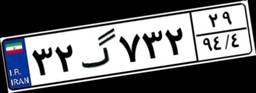
۳۲گ۷۳۲۲۹